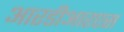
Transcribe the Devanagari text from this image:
आरडीआरएस